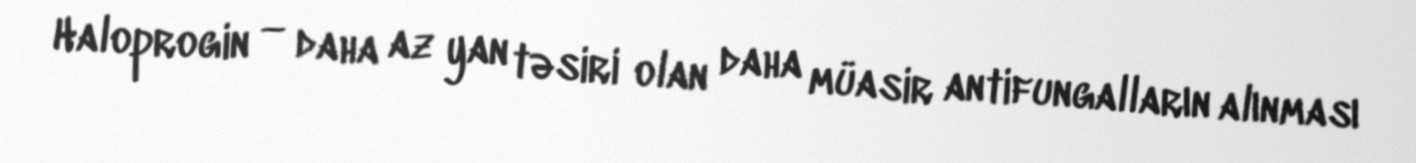
Haloprogin — daha az yan təsiri olan daha müasir antifungalların alınması